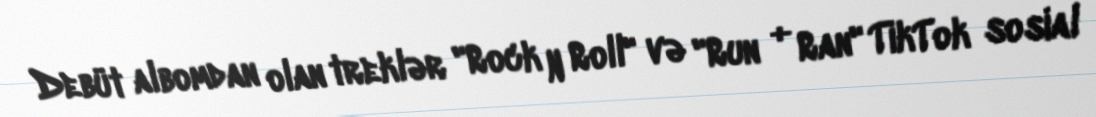
Debüt albomdan olan treklər "Rock N Roll" və "Run + Ran" TikTok sosial